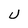
Character: U